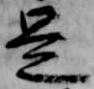
是